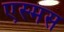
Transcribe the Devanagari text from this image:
एस्मस